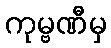
ကုမ္ဗဏီမှ